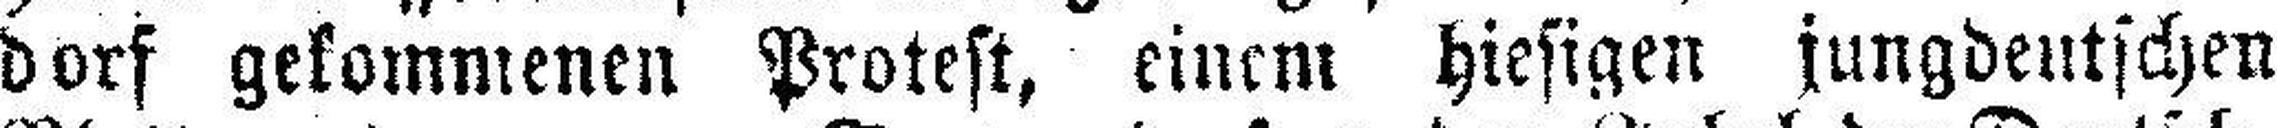
dorf gekommenen Protest, einem hiesigen jungdeutschen